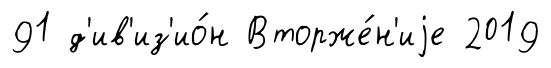
91 д'ив'из'ио́н Вторже́н'иjе 2019